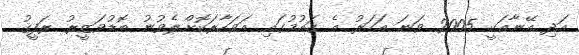
އަދި އޭނާއަކީ 2005 ވަނަ އަހަރު އެ ޤައުމުގައި އަވަހާރަކޮށްލެވުނު ބޮޑުވަޒީރު ރަފީޤު